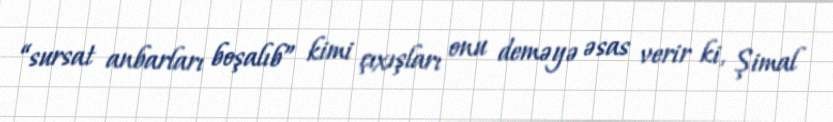
“sursat anbarları boşalıb” kimi çıxışları onu deməyə əsas verir ki, Şimal